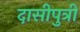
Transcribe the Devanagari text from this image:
दासीपुत्री